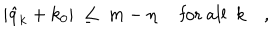
\vert \hat { q } _ { k } + k _ { 0 } \vert \ \leq \ m - \eta \quad \mathrm { ~ f o r ~ a l l ~ } \ k \quad ,